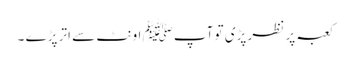
کعبہ پر نظر پڑی تو آپﷺ اونٹ سے اتر پڑے ۔